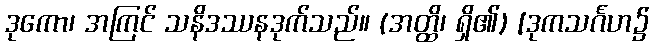
ဒုကော၊ အကြင် သနိဒဿနဒုက်သည်။ (အတ္ထိ၊ ရှိ၏) [ဒုကသင်္ဂဟ၌